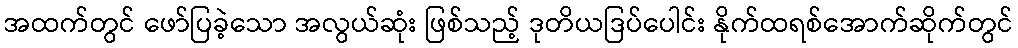
အထက်တွင် ဖော်ပြခဲ့သော အလွယ်ဆုံး ဖြစ်သည့် ဒုတိယဒြပ်ပေါင်း နိုက်ထရစ်အောက်ဆိုက်တွင်